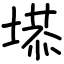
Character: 塨